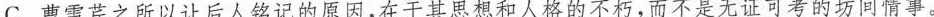
C.曹雪芹之所以让后人铭记的原因，在于其思想和人格的不朽，而不是无证可考的坊间情事。